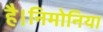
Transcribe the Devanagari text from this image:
है।निमोनिया